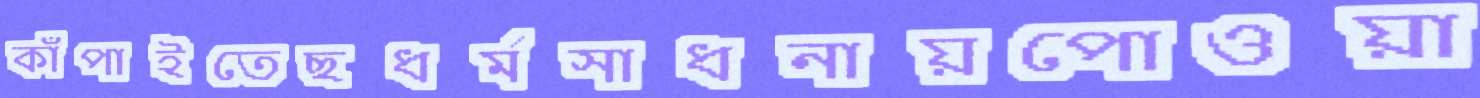
কাঁপাইতেছধর্মসাধনায়পোওয়া